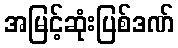
အမြင့်ဆုံးပြစ်ဒဏ်